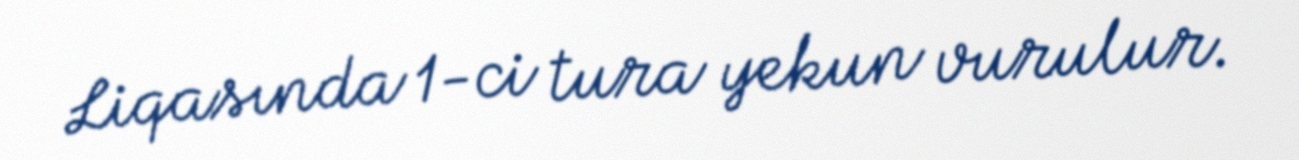
Liqasında 1-ci tura yekun vurulur.